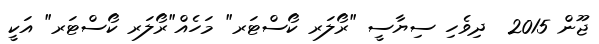
ޖޫން 2015  ދިވެހި ސިޔާސީ "ރޯލަރ ކޯސްޓަރ" މަހެއް"ރޯލަރ ކޯސްޓަރ" އަކީ